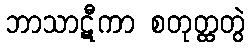
ဘာသာဋီကာ စတုတ္ထတွဲ